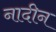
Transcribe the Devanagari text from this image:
नादीन